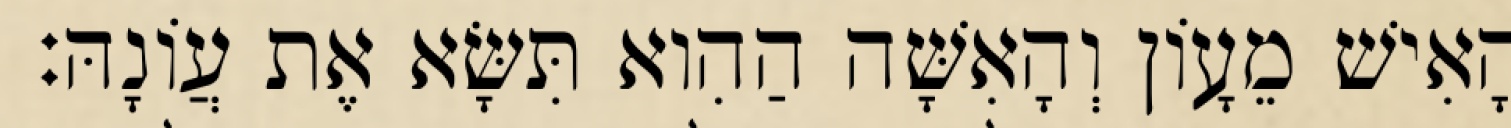
הָאִישׁ מֵעָוֹן וְהָאִשָּׁה הַהִוא תִּשָּׂא אֶת עֲוֹנָהּ׃